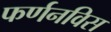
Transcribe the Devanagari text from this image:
फर्णनविस